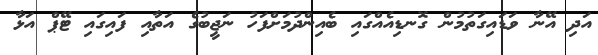
އަދި އޭނާ ވަޑައިގަތުމުން ގޮނޑިއެއްގައި ބެއިންދުމަށްފަހު ނަޖީބުގެ އަތާއި ފައިގައި ޓޭޕް އަޅާ